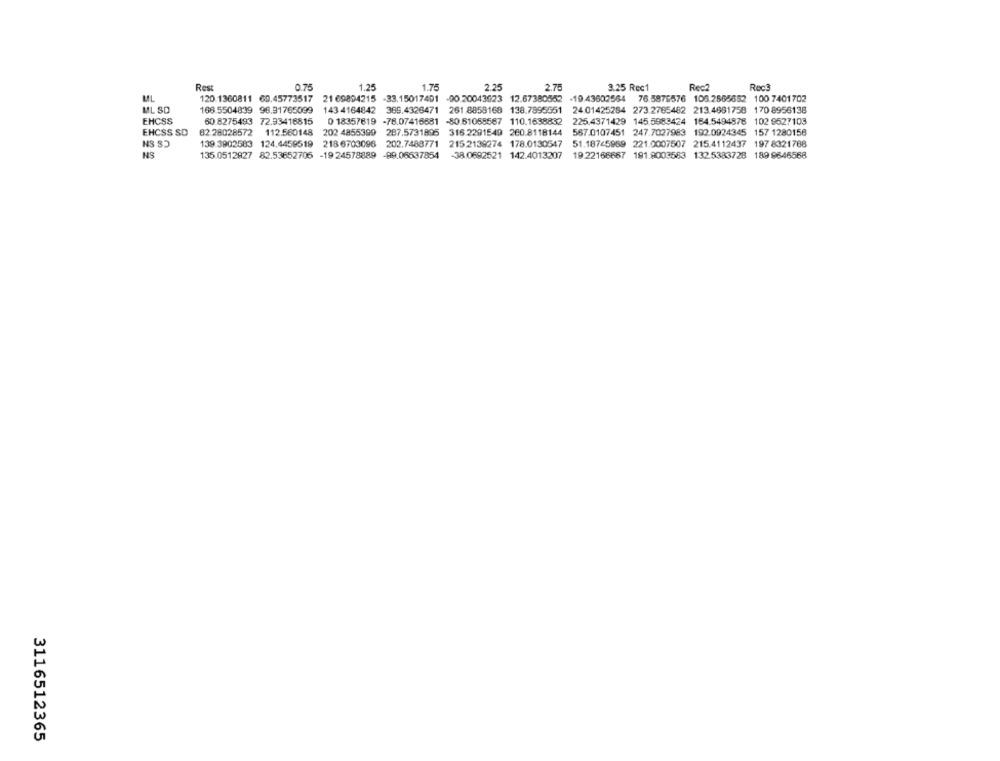
Rest
0.75
1.25
1.75
2.25
2.75
3.25 Rec1
Rech
RecÊ
120 1360811 69.45773517
21 69894215 -33.15017491 -90.20043623
12.67380552
-19 43602564 76.5875576 106.2565652 100 7401702
ML SD
168.5504839 96.31765099
143 4164842 369.4326471 261 8858168 138.7895551
24:01425284 273.2765482 213.4681758 170 8956138
EHCSS
60.8275493 72.93416815
0 18357619 -76.07416881 -80.61055567 110.1638832
225.4371429 145.5983424 164.5494876 102 9527103
EHCSS SD
82.28028572 112.560148
202 4855399
287.5731895
316 2291549 260.8118144
567.0107451 247.7027983 192.0924345 157 1280158
NS S)
139.3902583 124.4459519
218 6703096 202.7488771
215 2139274 178.0130547
51.18745969 221.0007507 215.4112437 197 8321788
NS
135.0512927 82.53652706 -19 24578889 -99.06637854
-38.0692521 142.4013207
19 22166667 191.8003583 132.5383728 189 9646568
3116512365